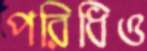
পরিধিও